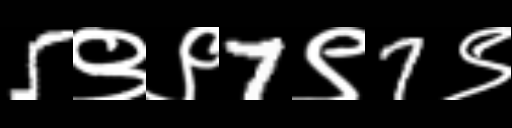
Text: 5९९7९7९